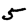
Digit: 5